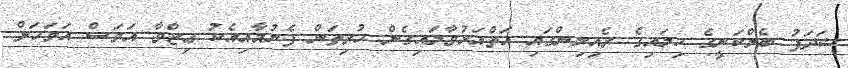
ޝަދަފު ބެލްކަނީގެ ހިލައިގެ ރެއިލިންގައި އަތްއަޅުވާލައިގެން ހުރިތަން ފެނުމާއިއެކު ޢިޒްވާ އަވަސް އަވަހަށް